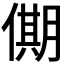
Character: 𠎞